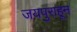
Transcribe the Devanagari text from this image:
जयपुराहून